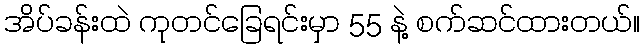
အိပ်ခန်းထဲ ကုတင်ခြေရင်းမှာ 55 နဲ့ စက်ဆင်ထားတယ်။